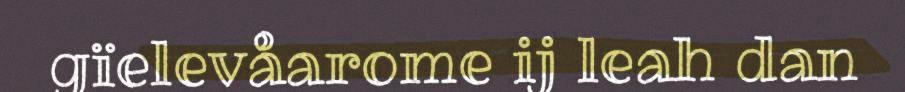
gïelevåarome ij leah dan